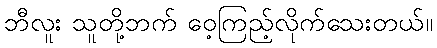
ဘီလူး သူတို့ဘက် ဝေ့ကြည့်လိုက်သေးတယ်။